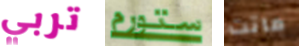
تربي ستورم ماتت